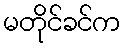
မတိုင်ခင်က